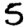
Digit: 5